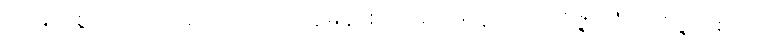
ထိုမြတ်စွာဘုရားသည်။ ဣတိပိ ဣမိနာစကာရဏေန၊ ဤသို့ဝိဇ္ဇာသုံးပါးဝိဇ္ဇာရှစ်ပါး